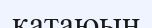
қатаюын